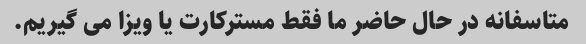
متاسفانه در حال حاضر ما فقط مسترکارت یا ویزا می گیریم.